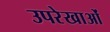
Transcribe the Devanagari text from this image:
उपरेखाओं